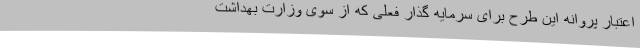
اعتبار پروانه این طرح برای سرمایه گذار فعلی که از سوی وزارت بهداشت